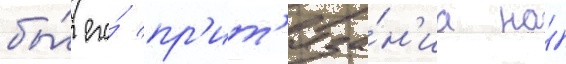
бы́ его́ пр'ит'яза́н'иа на́